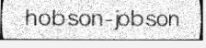
hobson-jobson